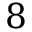
8